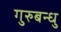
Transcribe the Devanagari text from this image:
गुरुबन्‍धु